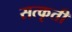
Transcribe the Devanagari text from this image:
सत्कृती